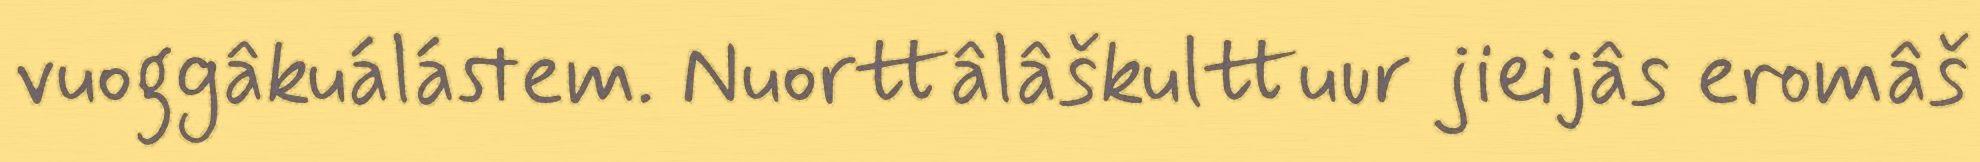
vuoggâkuálástem. Nuorttâlâškulttuur jieijâs eromâš